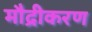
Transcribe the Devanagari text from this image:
मौद्रीकरण